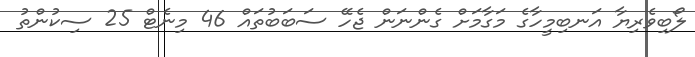
ލޯބިވެރިޔާ އަނބިމީހާގެ މަގާމަށް ގެންނަން ޖެހޭ ސަބަބުތައް 46 މިނެޓް 25 ސިކުންތު